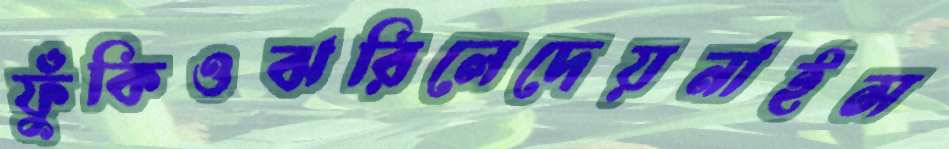
ফুঁকিওঝরিলেদেয়নাইস